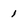
Character: 1